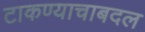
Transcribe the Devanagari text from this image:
टाकण्याचाबदल